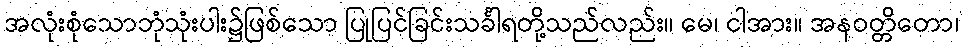
အလုံးစုံသောဘုံသုံးပါး၌ဖြစ်သော ပြုပြင်ခြင်းသင်္ခါရတို့သည်လည်း။ မေ၊ ငါအား။ အနဝတ္တိတော၊